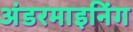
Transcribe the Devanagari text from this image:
अंडरमाइनिंग